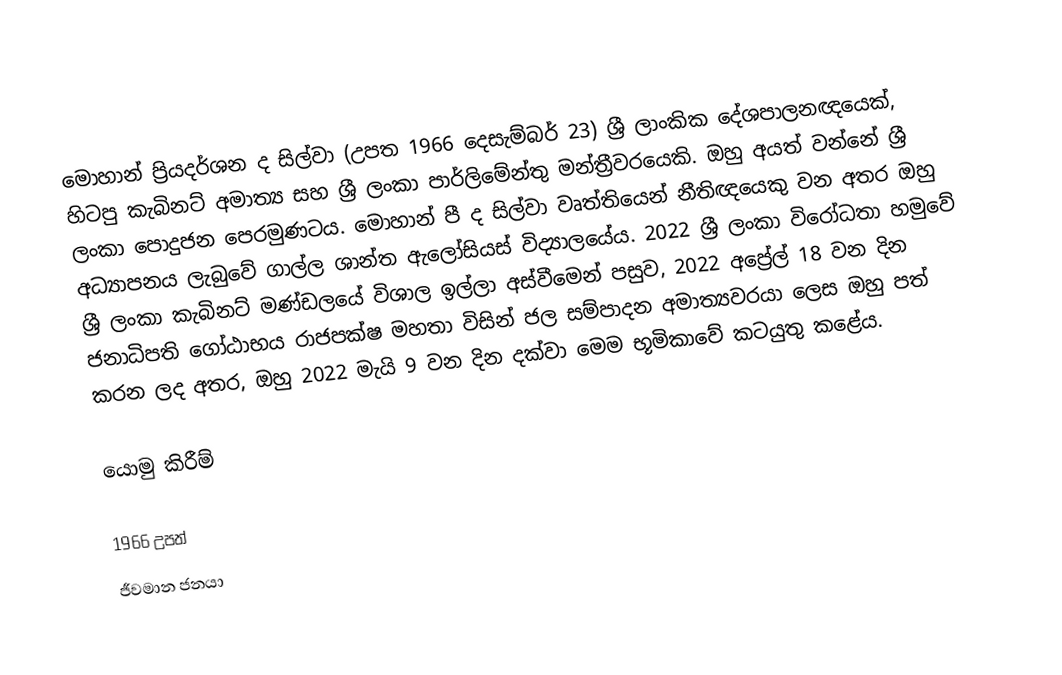
මොහාන් ප්‍රියදර්ශන ද සිල්වා (උපත 1966 දෙසැම්බර් 23) ශ්‍රී ලාංකික දේශපාලනඥයෙක්, හිටපු කැබිනට් අමාත්‍ය සහ ශ්‍රී ලංකා පාර්ලිමේන්තු මන්ත්‍රීවරයෙකි. ඔහු අයත් වන්නේ ශ්‍රී ලංකා පොදුජන පෙරමුණටය. මොහාන් පී ද සිල්වා වෘත්තියෙන් නීතිඥයෙකු වන අතර ඔහු අධ්‍යාපනය ලැබුවේ ගාල්ල ශාන්ත ඇලෝසියස් විද්‍යාලයේය. 2022 ශ්‍රී ලංකා විරෝධතා හමුවේ ශ්‍රී ලංකා කැබිනට් මණ්ඩලයේ විශාල ඉල්ලා අස්වීමෙන් පසුව, 2022 අප්‍රේල් 18 වන දින ජනාධිපති ගෝඨාභය රාජපක්ෂ මහතා විසින් ජල සම්පාදන අමාත්‍යවරයා ලෙස ඔහු පත් කරන ලද අතර, ඔහු 2022 මැයි 9 වන දින දක්වා මෙම භූමිකාවේ කටයුතු කළේය.

යොමු කිරීම්

1966 උපත්
ජීවමාන ජනයා